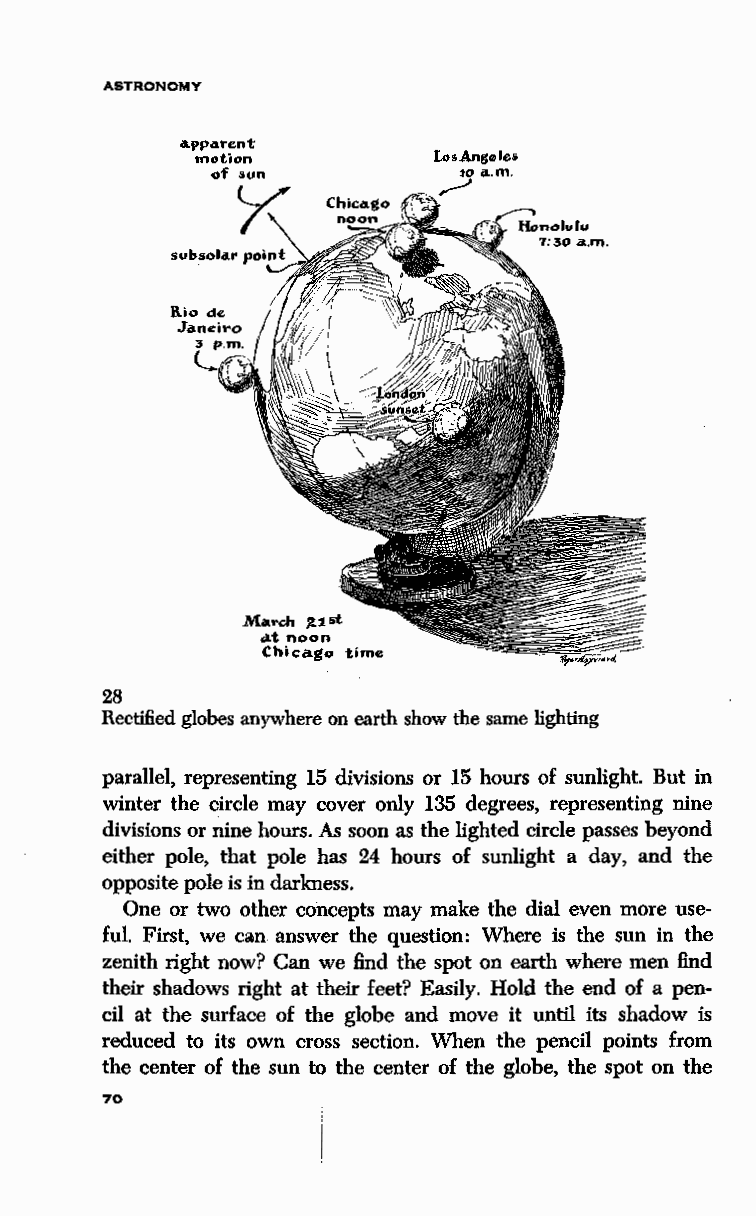
ASTRONOMY
 LooAngelea
 JO a.m.
 ,-/
 Ma,.c:h lUst
 clt noon
 Chicago time
 28
 Rectified globes anywhere on earth show the same lighting
 parallel, representing 15 divisions or 15 hours of sunlight. But in
 winter the circle may cover only 135 degrees, representing nine
 divisions or nine hours. As soon as the lighted circle passes beyond
 either pole, that pole has 24 hours of sunlight a day, and the
 opposite pole is in darkness.
 One or two other concepts may make the dial even more use
 ful. First, we can answer the question: Where is the sun in the
 zenith right now? Can we find the spot on earth where men find
 their shadows right at ~heir feet? Easily. Hold the end of a pen
 cil at the surface of the globe and move it until its shadow is
 reduced to its own cross section. When the pencil points from
 the center of the sun to the center of the globe, the spot on the
 70